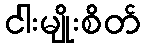
ငါးမျိုးစိတ်